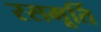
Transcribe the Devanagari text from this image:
रसमूर्ति